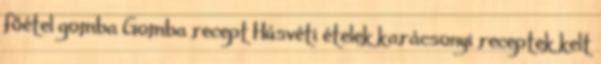
főétel gomba Gomba recept Húsvéti ételek karácsonyi receptek kelt